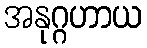
အနုဂ္ဂဟာယ